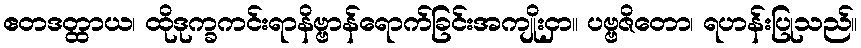
ဧတဒတ္ထာယ၊ ထိုဒုက္ခကင်းရာနိဗ္ဗာန်ရောက်ခြင်းအကျိုးငှာ။ ပဗ္ဗဇိတော၊ ရဟန်းပြုသည်။